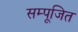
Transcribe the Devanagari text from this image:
सम्पूजित